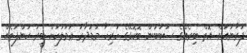
ފުރާނައަށް އޮތް ބިރެއްގެ ސަބަބުން ބޮކޮޅޭގެ ހުރިހާ މުޑުދާރު ޢަމަލަކަށް ބީރު ކަންފަތެއް